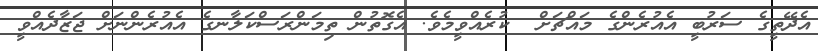
އެދޭތީގެ ސަރުބީ އެއުރެންގެ މައްޗަށް  ކުރެއްވީމެވެ. އެގޮތުން ތިމަންރަސްކަލާނގެ އެއުރެންނަށް ޖަޒާދެއްވީ